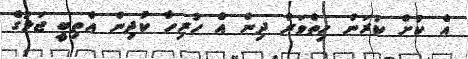
އެ ކުށް ކުރަން ހިތްވަރު ދިން އެ ހުރިހާ ކުދިން އެތިބީ ޖަލުގެ